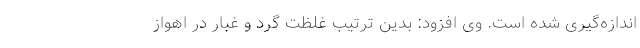
اندازه‌گیری شده است. وی افزود: بدین ترتیب غلظت گرد و غبار در اهواز